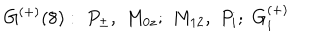
LaTeX: \, G ^ { ( + ) } ( 8 ) : \, \, P _ { \pm } , \, \, M _ { 0 z } ; \, \, M _ { 1 2 } , \, \, P _ { i } ; \, \, G _ { i } ^ { ( + ) }